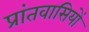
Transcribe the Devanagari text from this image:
प्रांतवासियों